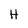
Character: H